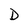
Character: D